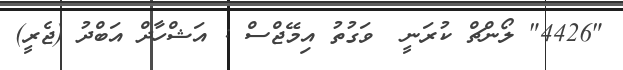
"4426" ލޯންޗް ކުރަނީ  ވަގުތު އިމޭޖްސް : އަޝްހާދް އަބްދު (ޖެރީ)